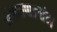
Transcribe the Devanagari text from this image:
खेड्यापाड्यांचा